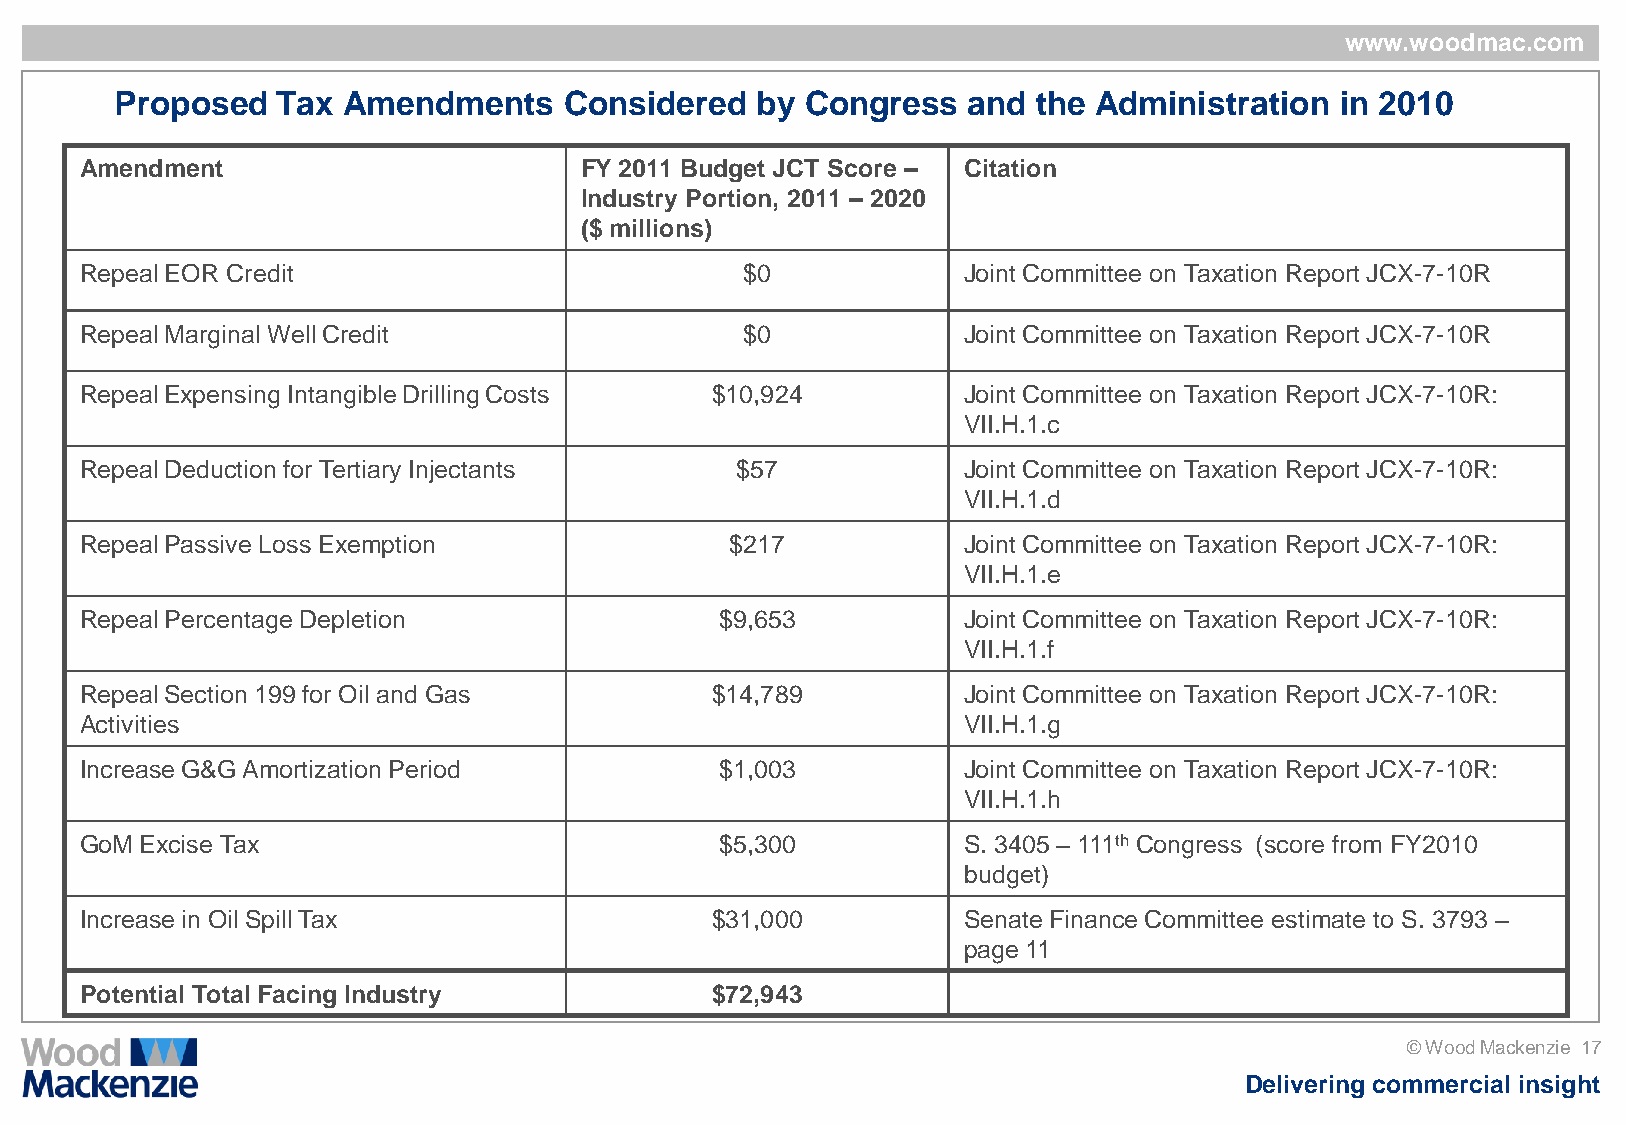
www.woodmac.com
 Proposed  Tax  Amendments    Considered   by Congress   and  the Administration  in 2010
 Amendment                        FY 2011 Budget JCT Score – Citation
 Industry Portion, 2011 – 2020
 ($ millions)
 Repeal EOR Credit                           $0             Joint Committee on Taxation Report JCX-7-10R
 Repeal Marginal Well Credit                 $0             Joint Committee on Taxation Report JCX-7-10R
 Repeal Expensing Intangible Drilling Costs $10,924         Joint Committee on Taxation Report JCX-7-10R:
 VII.H.1.c
 Repeal Deduction for Tertiary Injectants    $57            Joint Committee on Taxation Report JCX-7-10R:
 VII.H.1.d
 Repeal Passive Loss Exemption              $217            Joint Committee on Taxation Report JCX-7-10R:
 VII.H.1.e
 Repeal Percentage Depletion                $9,653          Joint Committee on Taxation Report JCX-7-10R:
 VII.H.1.f
 Repeal Section 199 for Oil and Gas        $14,789          Joint Committee on Taxation Report JCX-7-10R:
 Activities                                                 VII.H.1.g
 Increase G&G Amortization Period           $1,003          Joint Committee on Taxation Report JCX-7-10R:
 VII.H.1.h
 GoM Excise Tax                             $5,300          S. 3405 – 111th Congress (score from FY2010
 budget)
 Increase in Oil Spill Tax                 $31,000          Senate Finance Committee estimate to S. 3793 –
 page 11
 Potential Total Facing Industry           $72,943
 © Wood Mackenzie 17
 Delivering commercial insight